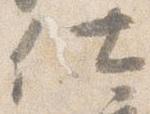
仕